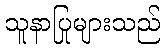
သူနာပြုများသည်